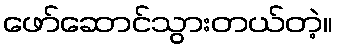
ဖော်ဆောင်သွားတယ်တဲ့။